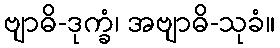
ဗျာဓိ-ဒုက္ခံ၊ အဗျာဓိ-သုခံ။